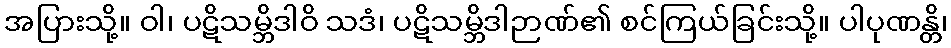
အပြားသို့။ ဝါ၊ ပဋိသမ္ဘိဒါဝိ သဒံ၊ ပဋိသမ္ဘိဒါဉာဏ်၏ စင်ကြယ်ခြင်းသို့။ ပါပုဏန္တိ၊